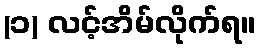
(၁) လင့်အိမ်လိုက်ရ။